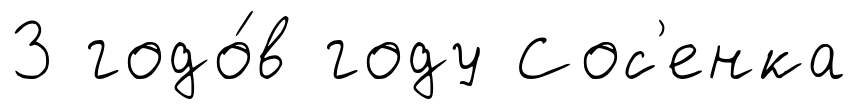
3 годо́в году Сос'енка